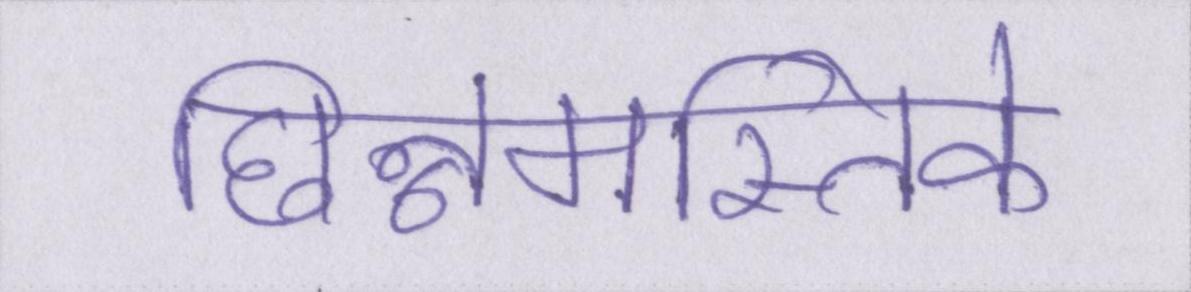
छिन्नमस्तिके